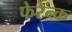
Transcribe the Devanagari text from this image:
फेरेन्क